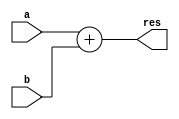
`timescale 1ns / 1ps
//////////////////////////////////////////////////////////////////////////////////
// Company: 
// Engineer: 
// 
// Design Name: 
// Module Name: adder2
// Project Name: 
// Target Devices: 
// Tool Versions: 
// Description: 
// 
// Dependencies: 
// 
// Revision:
// Revision 0.01 - File Created
// Additional Comments:
// 
//////////////////////////////////////////////////////////////////////////////////

module adder2 #(parameter N = 32) (a, b, res);

input signed [N-1:0] a, b;
output signed [N-1:0] res;

assign res = a+b;

endmodule